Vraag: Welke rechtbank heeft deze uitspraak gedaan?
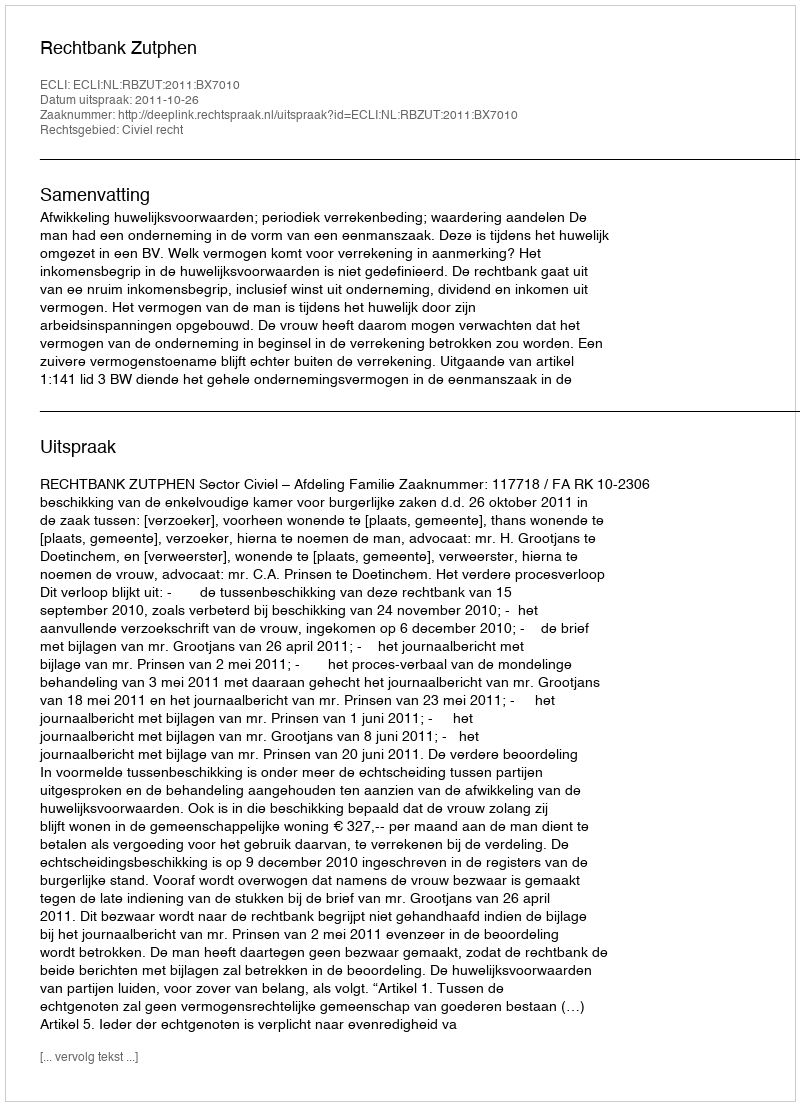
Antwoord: Rechtbank Zutphen